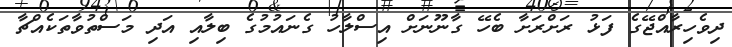
ދިވެހިރާއްޖޭގެ ފަޅު ރަށްރަށާ ބެހޭ ގާނޫނަށް އިސްލާހު ގެނައުމުގެ ބިލާއި އަދި މަސްތުވާތަކެއްޗާ